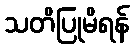
သတိပြုမိရန်